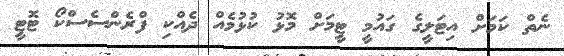
ނެތް ކަމަށް އިޓަލީގެ ގައުމީ ޓީމަށް މޮޅު ކުޅުމެއް ދެއްކި ފްރެންސެސްކޯ ޓޮޓީ